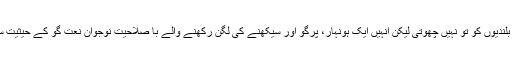
اس دیوان میں پیش کردہ ان کی شاعری فن کی بلندیوں کو تو نہیں چھوتی لیکن انہیں ایک ہونہار، پرگو اور سیکھنے کی لگن رکھنے والے با صلاحیت نوجوان نعت گو کے حیثیت سے متعارف کرانے میں ضرور کامیاب رہی ۔